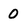
Character: O